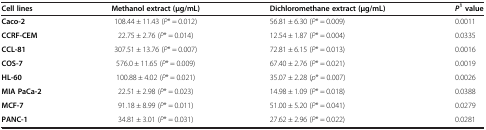
<table><thead><tr><td><b>Cell lines</b></td><td><b>Methanol extract (μg/mL)</b></td><td><b>Dichloromethane extract (μg/mL)</b></td><td><b><i>P</i><sup>1 </sup>value</b></td></tr></thead><tbody><tr><td><b>Caco-2</b></td><td>108.44 ± 11.43 (<i>P</i>* = 0.012)</td><td>56.81 ± 6.30 (<i>P</i>* = 0.009)</td><td>0.0011</td></tr><tr><td><b>CCRF-CEM</b></td><td>22.75 ± 2.76 (<i>P</i>* = 0.014)</td><td>12.54 ± 1.87 (<i>P</i>* = 0.004)</td><td>0.0335</td></tr><tr><td><b>CCL-81</b></td><td>307.51 ± 13.76 (<i>P</i>* = 0.007)</td><td>72.81 ± 6.15 (<i>P</i>* = 0.013)</td><td>0.0016</td></tr><tr><td><b>COS-7</b></td><td>576.0 ± 11.65 (<i>P</i>* = 0.009)</td><td>67.40 ± 2.76 (<i>P</i>* = 0.021)</td><td>0.0019</td></tr><tr><td><b>HL-60</b></td><td>100.88 ± 4.02 (<i>P</i>* = 0.021)</td><td>35.07 ± 2.28 (<i>p</i>* = 0.007)</td><td>0.0026</td></tr><tr><td><b>MIA PaCa-2</b></td><td>22.51 ± 2.98 (<i>P</i>* = 0.023)</td><td>14.98 ± 1.09 (<i>P</i>* = 0.018)</td><td>0.0388</td></tr><tr><td><b>MCF-7</b></td><td>91.18 ± 8.99 (<i>P</i>* = 0.011)</td><td>51.00 ± 5.20 (<i>P</i>* = 0.041)</td><td>0.0279</td></tr><tr><td><b>PANC-1</b></td><td>34.81 ± 3.01 (<i>P</i>* = 0.031)</td><td>27.62 ± 2.96 (<i>P</i>* = 0.022)</td><td>0.0281</td></tr></tbody></table>